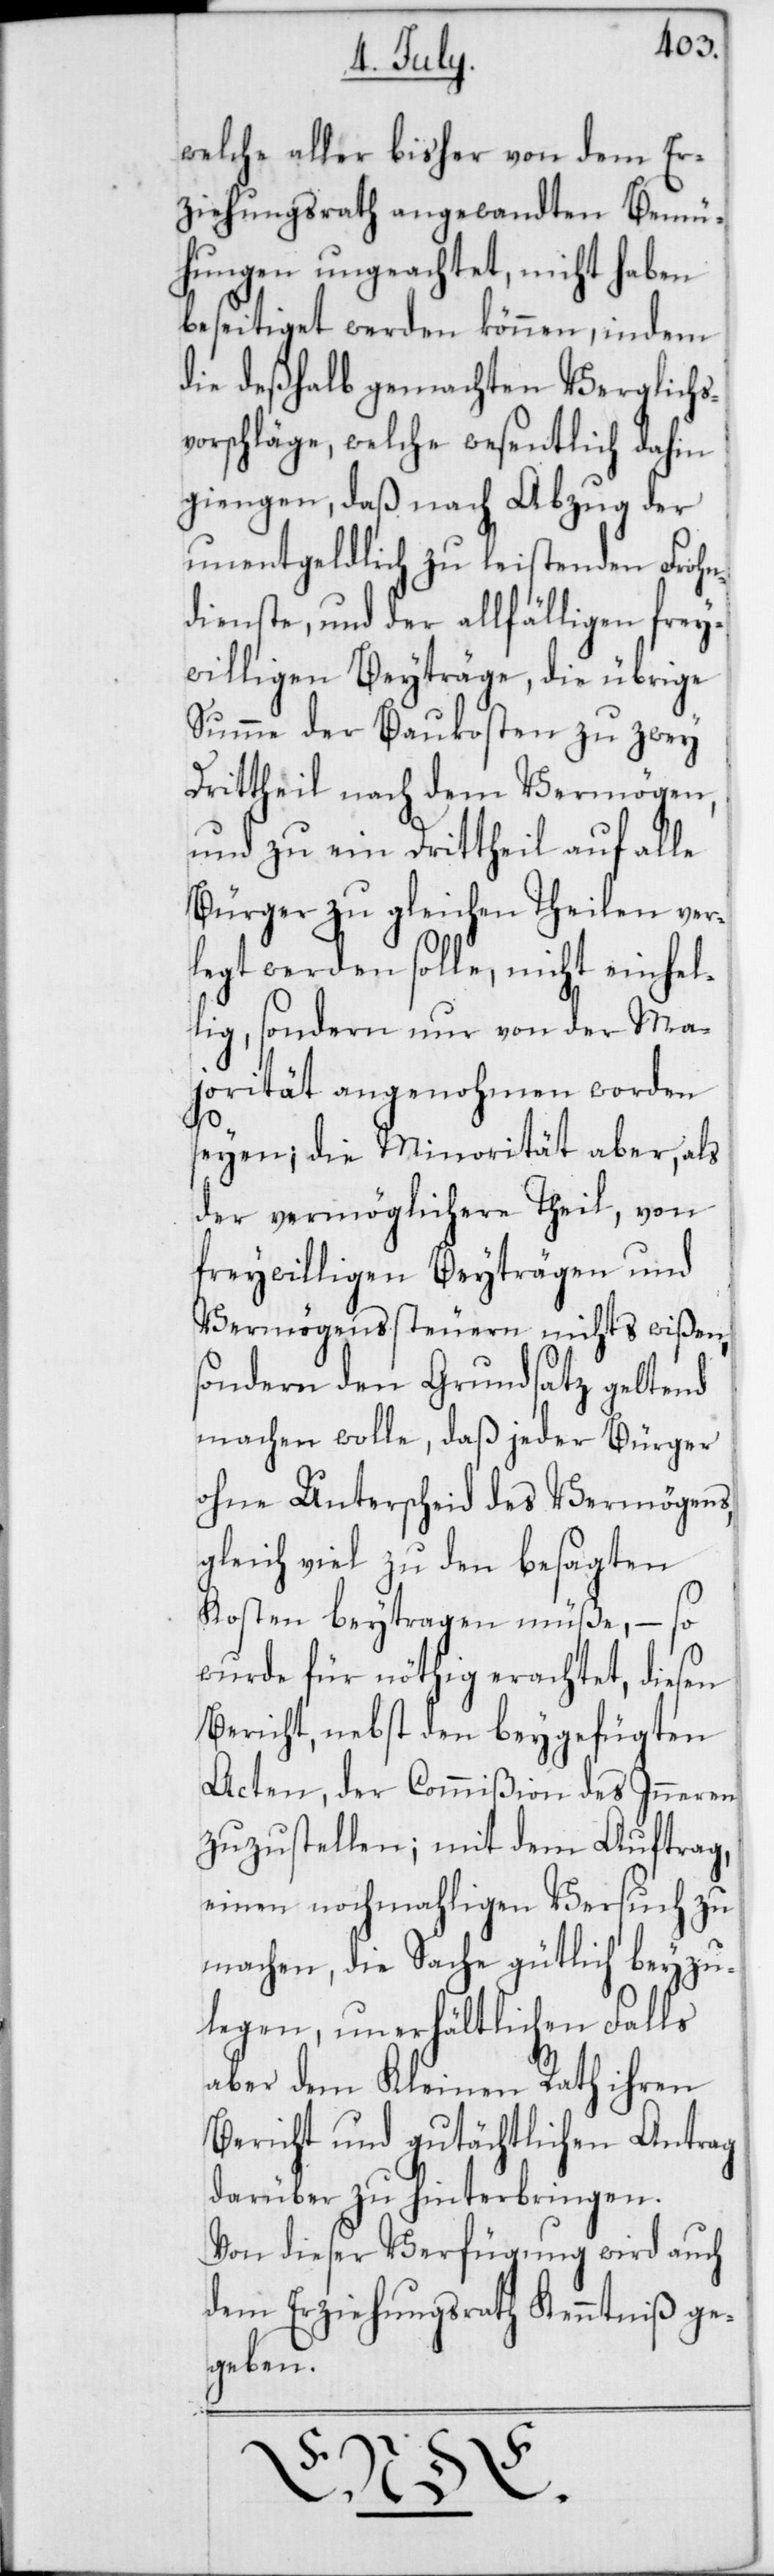
welche aller bisher von dem Er¬
ziehungsrath angewandten Bemü¬
hungen ungeachtet, nicht haben
beseitigt werden können, indem
die deßhalb gemachten Verglichs¬
vorschläge, welche wesentlich dahin
giengen, daß nach Abzug der
untentgeldlich zu leistenden Frohn¬
dienste, und der allfälligen frey¬
willigen Beyträge, die übrige
Summe der Baukosten zu zwey
Drittheil nach dem Vermögen,
und zu ein Drittheil auf alle
Bürger zu gleichen Theilen ver¬
legt werden solle, nicht einhel¬
lig, sondern nur von der Ma¬
jorität angenohmen worden
seyen; die Minorität aber, als
der vermöglichere Theil, von
freywilligen Beyträgen und
Vermögenssteuern nichts wißen,
sondern den Grundsatz geltend
machen wolle, daß jeder Bürger
ohne Unterschied des Vermögens,
gleich viel zu den besagten
Kosten beytragen müße, – so
wurde für nöthig erachtet, diesen
Bericht, nebst den beygefügten
Acten, der Commißion des Inneren
zuzustellen; mit dem Auftrag,
einen nochmahligen Versuch zu
machen, die Sache gütlich beyzu¬
legen, unerhältlichen Falls
aber dem Kleinen Rath ihren
Bericht und gutächtlichen Antrag
darüber zu hinterbringen.
Von dieser Verfügung wird auch
dem Erziehungsrath Kenntniß ge¬
geben.